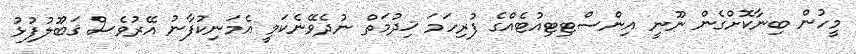
މީހުން ބިނާކޮށްގެން ނޫނީ އިންސްޓިޓިއުޓެއްގެ ފުރިހަމަ ޚިދުމަތް ނުދެވޭނެކަމީ އެމަނިކުފާނު އޭރުވެސް ޤަބޫލުފުޅު